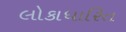
લોકાધારિત